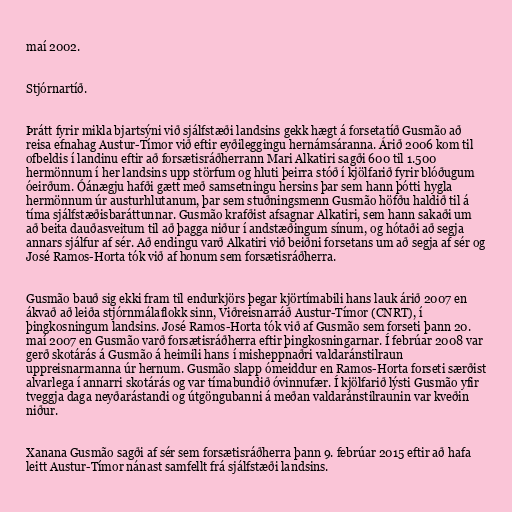
maí 2002.

Stjórnartíð.

Þrátt fyrir mikla bjartsýni við sjálfstæði landsins gekk hægt á forsetatíð Gusmão að
reisa efnahag Austur-Tímor við eftir eyðileggingu hernámsáranna. Árið 2006 kom til
ofbeldis í landinu eftir að forsætisráðherrann Mari Alkatiri sagði 600 til 1.500
hermönnum í her landsins upp störfum og hluti þeirra stóð í kjölfarið fyrir blóðugum
óeirðum. Óánægju hafði gætt með samsetningu hersins þar sem hann þótti hygla
hermönnum úr austurhlutanum, þar sem stuðningsmenn Gusmão höfðu haldið til á
tíma sjálfstæðisbaráttunnar. Gusmão krafðist afsagnar Alkatiri, sem hann sakaði um
að beita dauðasveitum til að þagga niður í andstæðingum sínum, og hótaði að segja
annars sjálfur af sér. Að endingu varð Alkatiri við beiðni forsetans um að segja af sér og
José Ramos-Horta tók við af honum sem forsætisráðherra.

Gusmão bauð sig ekki fram til endurkjörs þegar kjörtímabili hans lauk árið 2007 en
ákvað að leiða stjórnmálaflokk sinn, Viðreisnarráð Austur-Tímor (CNRT), í
þingkosningum landsins. José Ramos-Horta tók við af Gusmão sem forseti þann 20.
maí 2007 en Gusmão varð forsætisráðherra eftir þingkosningarnar. Í febrúar 2008 var
gerð skotárás á Gusmão á heimili hans í misheppnaðri valdaránstilraun
uppreisnarmanna úr hernum. Gusmão slapp ómeiddur en Ramos-Horta forseti særðist
alvarlega í annarri skotárás og var tímabundið óvinnufær. Í kjölfarið lýsti Gusmão yfir
tveggja daga neyðarástandi og útgöngubanni á meðan valdaránstilraunin var kveðin
niður.

Xanana Gusmão sagði af sér sem forsætisráðherra þann 9. febrúar 2015 eftir að hafa
leitt Austur-Tímor nánast samfellt frá sjálfstæði landsins.